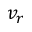
v _ { r }